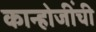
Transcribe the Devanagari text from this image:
कान्होजींची